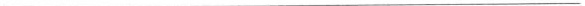
___